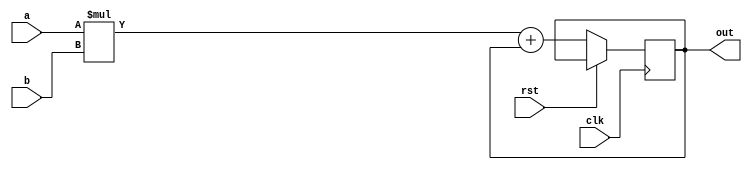
`timescale 1ns / 1ps

module mac#(
    parameter DATA_WIDTH = 16,
              OUT_WIDTH = 32
)(  
        input clk,
        input rst,
        input signed [DATA_WIDTH  - 1: 0] a,
        input signed [DATA_WIDTH  - 1: 0] b,
        //input [DATA_WIDTH  - 1: 0] c,
        output reg signed [OUT_WIDTH-1: 0] out
    );
    
    initial 
    begin
    out<=0;
    end
    
    always@(posedge clk) 
    begin
       if(rst==0)
        begin
            out <= a*b + out;
        end
    end
    
endmodule